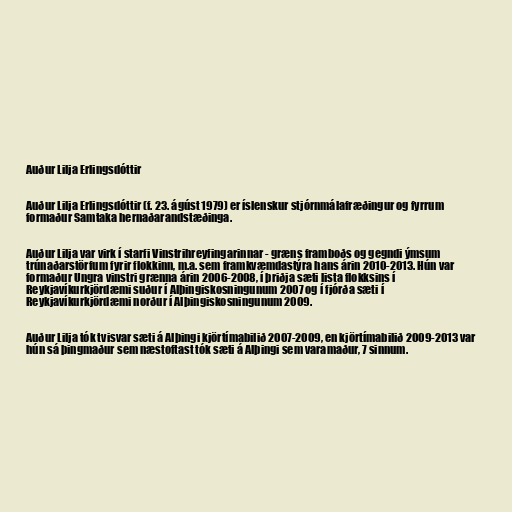
Auður Lilja Erlingsdóttir

Auður Lilja Erlingsdóttir (f. 23. ágúst 1979) er íslenskur stjórnmálafræðingur og fyrrum
formaður Samtaka hernaðarandstæðinga.

Auður Lilja var virk í starfi Vinstrihreyfingarinnar - græns framboðs og gegndi ýmsum
trúnaðarstörfum fyrir flokkinn, m.a. sem framkvæmdastýra hans árin 2010-2013. Hún var
formaður Ungra vinstri grænna árin 2006-2008, í þriðja sæti lista flokksins í
Reykjavíkurkjördæmi suður í Alþingiskosningunum 2007 og í fjórða sæti í
Reykjavíkurkjördæmi norður í Alþingiskosningunum 2009.

Auður Lilja tók tvisvar sæti á Alþingi kjörtímabilið 2007-2009, en kjörtímabilið 2009-2013 var
hún sá þingmaður sem næstoftast tók sæti á Alþingi sem varamaður, 7 sinnum.